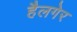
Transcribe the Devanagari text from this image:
हैलगेर